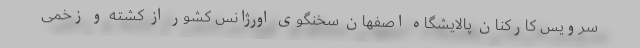
سرویس کارکنان پالایشگاه اصفهان سخنگوی اورژانس کشور از کشته و زخمی